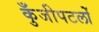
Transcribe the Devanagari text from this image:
कुँजीपटलों